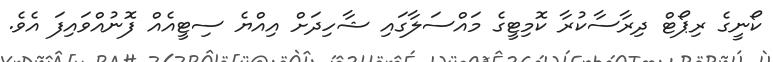
ކޯނީގެ ރިޕޯޓް ދިރާސާކުރާ ކޮމިޓީގެ މައްސަލާގައި ޝާހިދަށް އިއްޔެ ސިޓީއެއް ފޮނުއްވައިފަ އެވެ.